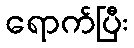
ရောက်ပြီး